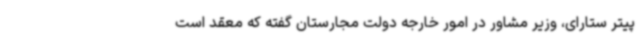
پیتر ستارای، وزیر مشاور در امور خارجه دولت مجارستان گفته که معقد است